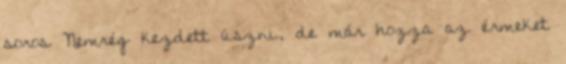
soros Nemrég kezdett úszni, de már hozza az érmeket